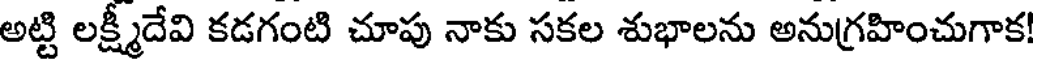
అట్టి లక్ష్మీదేవి కడగంటి చూపు నాకు సకల శుభాలను అనుగ్రహించుగాక